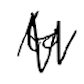
Text: to
Cross-out: zig-zag
Writing tool: digital_black